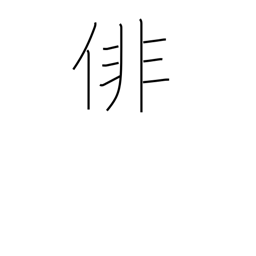
Meaning: haiku